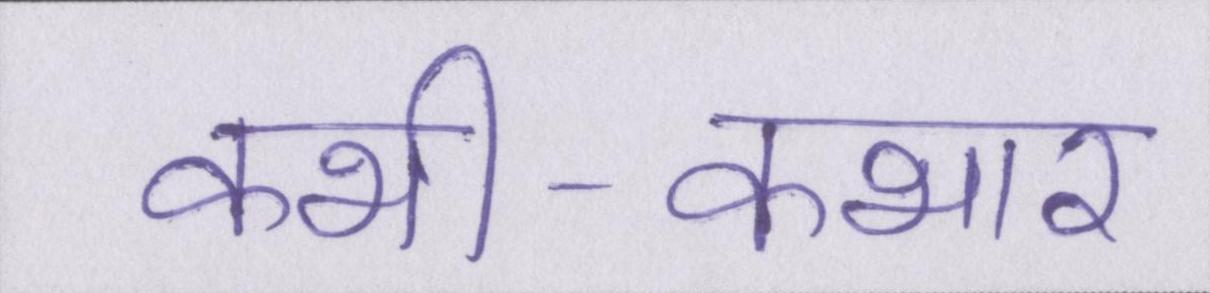
कभी-कभार